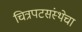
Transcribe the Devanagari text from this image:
चित्रपटसंस्थेचा